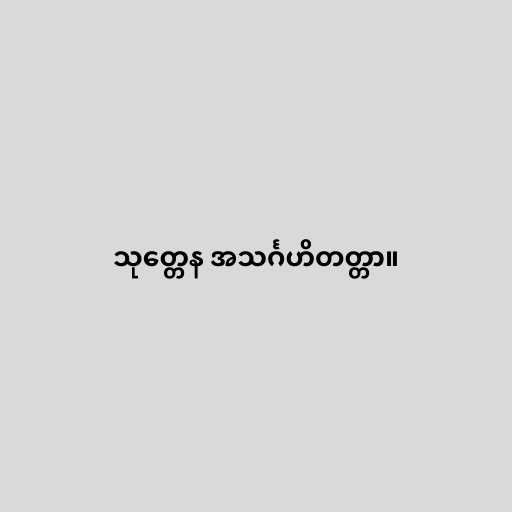
သုတ္တေန အသင်္ဂဟိတတ္တာ။